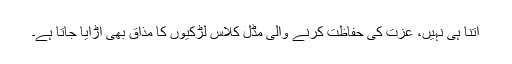
اتنا ہی نہیں، عزت کی حفاظت کرنے والی مڈل کلاس لڑکیوں کا مذاق بھی اُڑایا جاتا ہے۔